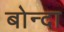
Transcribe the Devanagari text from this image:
बोन्‍दा